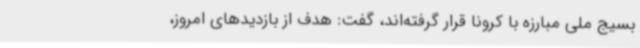
بسیج ملی مبارزه با کرونا قرار گرفته‌اند، گفت: هدف از بازدیدهای امروز،